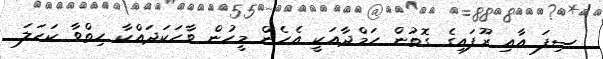
ސިފަ އާއި ރޫފައިގެ ގޮތުން ހަމްދާއަކީ އެހެން މީހުން ވާހަކަދައްކާ ހިތްވާ ކަހަލަ